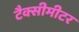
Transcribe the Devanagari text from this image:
टैक्सीमीटर